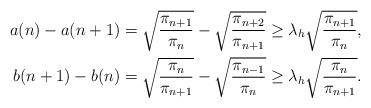
LaTeX: \begin{align*} a(n)-a(n+1) &= \sqrt{\frac{\pi_{n+1}}{\pi_n}} - \sqrt{\frac{\pi_{n+2}}{\pi_{n+1}}}\ge \lambda_h \sqrt{\frac{\pi_{n+1}}{\pi_{n}}}, \\b(n+1)-b(n) &= \sqrt{\frac{\pi_{n}}{\pi_{n+1}}}- \sqrt{\frac{\pi_{n-1}}{\pi_{n}}} \ge \lambda_h\sqrt{\frac{\pi_{n}}{\pi_{n+1}}}.\end{align*}